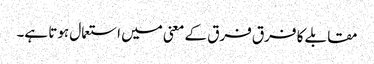
مقابلے کا فرق فرق کے معنی میں استعمال ہوتا ہے۔